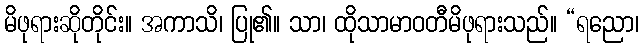
မိဖုရားဆိုတိုင်း။ အကာသိ၊ ပြု၏။ သာ၊ ထိုသာမာဝတီမိဖုရားသည်။ “ရညော၊